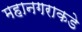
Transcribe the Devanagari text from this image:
महानगराकडे